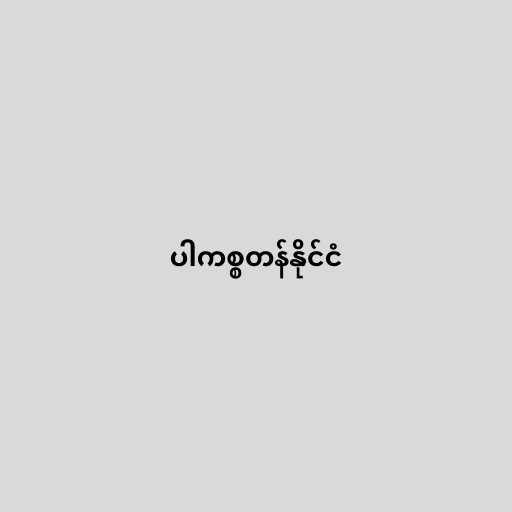
ပါကစ္စတန်နိုင်ငံ